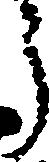
う